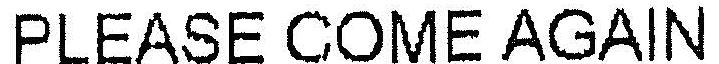
PLEASE COME AGAIN